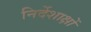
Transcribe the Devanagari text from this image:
निर्देशाक्षों